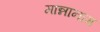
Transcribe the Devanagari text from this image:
मान्नानाम